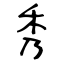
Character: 秀